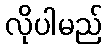
လိုပါမည်